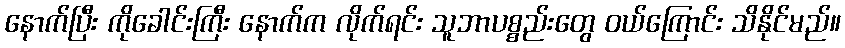
နောက်ပြီး ကိုခေါင်းကြီး နောက်က လိုက်ရင်း သူဘာပစ္စည်းတွေ ဝယ်ကြောင်း သိနိုင်မည်။